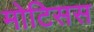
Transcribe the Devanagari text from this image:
मोटिसस